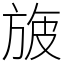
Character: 旇